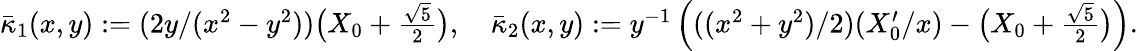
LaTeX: \begin{array}{r}{\bar{\kappa}_{1}(x,y):=(2y/(x^{2}-y^{2}))\big(X_{0}+\textstyle\frac{\sqrt{5}}{2}\big),\quad\bar{\kappa}_{2}(x,y):=y^{-1}\left(((x^{2}+y^{2})/2)(X_{0}^{\prime}/x)-\big(X_{0}+\textstyle\frac{\sqrt{5}}{2}\big)\right).}\end{array}